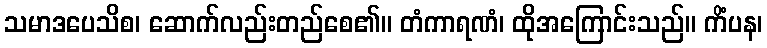
သမာဒပေသိစ၊ ဆောက်လည်းတည်စေ၏။ တံကာရဏံ၊ ထိုအကြောင်းသည်။ ကိံပန၊